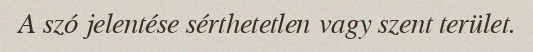
A szó jelentése sérthetetlen vagy szent terület.